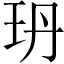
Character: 玬